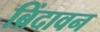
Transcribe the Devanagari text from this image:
ब्रिंदावन